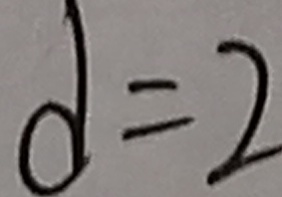
d = 2